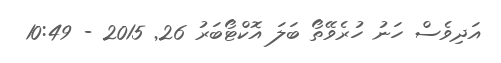
އަދިވެސް ހަނު ހުރެވޭތޯ ބަލަ އޮކްޓޯބަރު 26